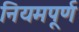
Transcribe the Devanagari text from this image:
नियमपूर्ण